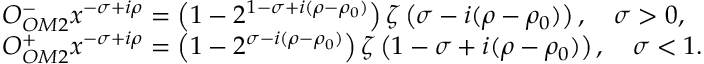
\begin{array} { r l } & { O _ { O M 2 } ^ { - } x ^ { - \sigma + i \rho } = \left( 1 - 2 ^ { 1 - \sigma + i ( \rho - \rho _ { 0 } ) } \right) \zeta \left( \sigma - i ( \rho - \rho _ { 0 } ) \right) , \quad \sigma > 0 , } \\ & { O _ { O M 2 } ^ { + } x ^ { - \sigma + i \rho } = \left( 1 - 2 ^ { \sigma - i ( \rho - \rho _ { 0 } ) } \right) \zeta \left( 1 - \sigma + i ( \rho - \rho _ { 0 } ) \right) , \quad \sigma < 1 . } \end{array}